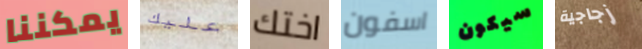
يمكننا عليك اختك اسفون سيكون زجاجية